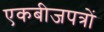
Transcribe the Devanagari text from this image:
एकबीजपत्रों